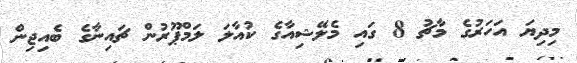
މިދިޔަ އަހަރުގެ މާޗު 8 ގައި މެލޭޝިއާގެ ކުއާލަ ލަމްޕޫރުން ޗައިނާގެ ބެއިޖިން